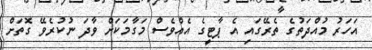
އަހަރު މުއްދަތުގެ ތެރޭގައި އެ ޕާޓީގެ އެއްވެސް މަގާމަކަށް ވާދަ ނުކުރެވޭ ގޮތަށް